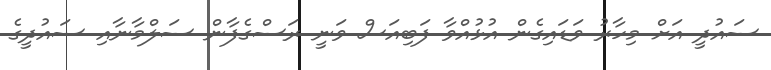
ސައުދީ އަށް މިހާރު ވަޑައިގެން އުޅުއްވާ ފަބިއަސް ވަނީ ރަސްގެފާން ސަލްމާނާއި ސައުދީގެ